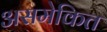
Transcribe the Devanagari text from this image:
असमेकित